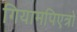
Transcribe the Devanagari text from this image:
गियामपिएत्रो